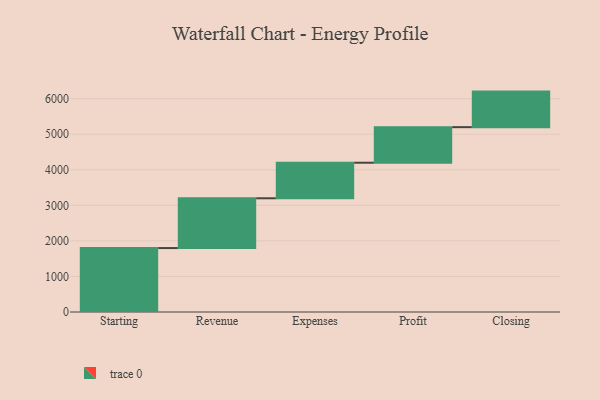
{"axis": {"x": "Step", "y": "Value"}, "legend": [""], "data": [{"x": "Starting", "y": 1798.0, "type": ""}, {"x": "Revenue", "y": 1400.0, "type": ""}, {"x": "Expenses", "y": 1000, "type": ""}, {"x": "Profit", "y": 1000, "type": ""}, {"x": "Closing", "y": 1000, "type": ""}]}